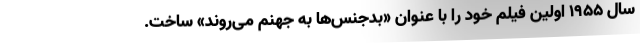
سال ١٩٥٥ اولین فیلم خود را با عنوان «بدجنس‌ها به جهنم می‌روند» ساخت.